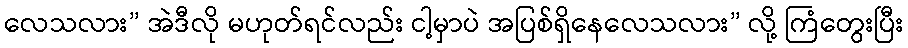
လေသလား” အဲဒီလို မဟုတ်ရင်လည်း ငါ့မှာပဲ အပြစ်ရှိနေလေသလား” လို့ ကြံတွေးပြီး